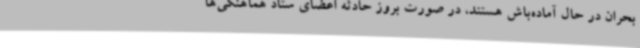
بحران در حال آماده‌باش هستند، در صورت بروز حادثه اعضای ستاد هماهنگی‌ها